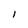
Character: 1